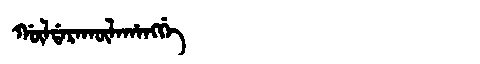
Manchu: ᡤᡡᠯᡩᠠᡵᠠᡴᡡᠯᠠᡥᠠᠩᡤᡝ
Romanization: GŪLDARAKŪLAHANGGE